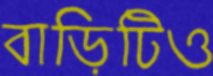
বাড়িটিও